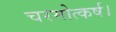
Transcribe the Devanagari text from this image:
चरमोत्कर्ष।